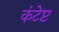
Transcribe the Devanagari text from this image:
कंटेप्ट